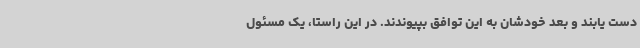
دست یابند و بعد خودشان به این توافق بپیوندند. در این راستا، یک مسئول